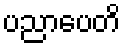
ပညာပေတိ